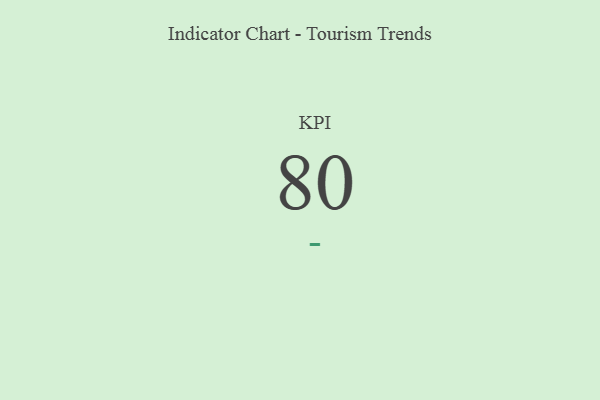
{"axis": {"x": "KPI", "y": "Value"}, "legend": [""], "data": [{"x": "KPI", "y": 80, "type": ""}]}